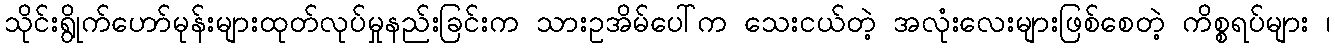
သိုင်းရွိုက်ဟော်မုန်းများထုတ်လုပ်မှုနည်းခြင်းက သားဥအိမ်ပေါ်က သေးငယ်တဲ့ အလုံးလေးများဖြစ်စေတဲ့ ကိစ္စရပ်များ ၊